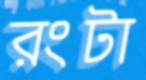
রংটা